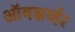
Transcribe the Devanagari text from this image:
ऑबझर्व्हर